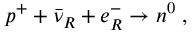
p ^ { + } + \bar { \nu } _ { R } + e _ { R } ^ { - } \to n ^ { 0 } \; ,